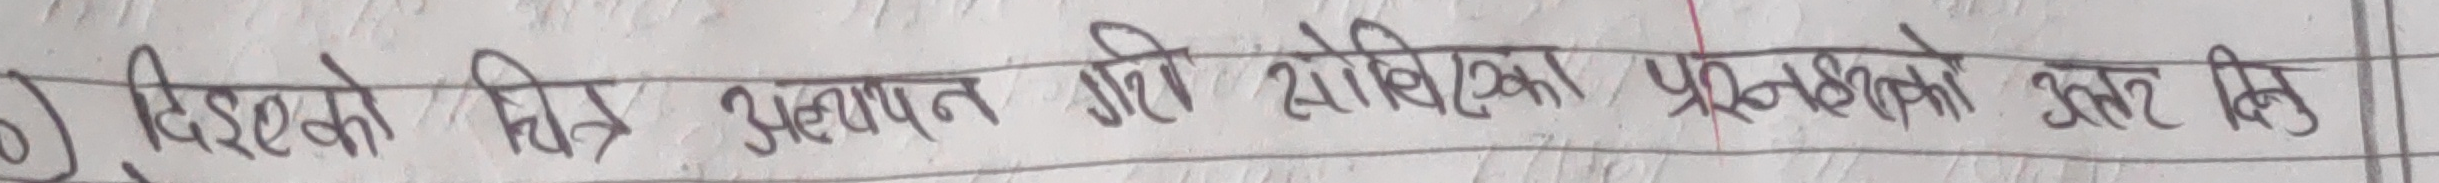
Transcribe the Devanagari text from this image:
बुझएको चित्र अध्ययन गरी सोधिएका प्रश्नहरुको उत्तर दिनुहोस्